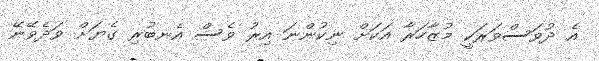
އެ ދުވަސްވަރަކީ މުޒާހަރާ އަކަށް ނިކުންނަ އިރު ވެސް އެނބުރި ގެޔަށް ވަދެވޭނޭ